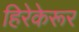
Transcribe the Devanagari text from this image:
हिरेकेरूर